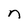
Character: n